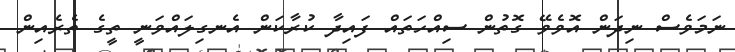
ނަމަވެސް ނިދަން އޮވެވޭ ގޮތުން ސިއްހަތައް ފައިދާ ކުރާކަން އެނގިލައްވަނީ ތީގެ ތެރެއިން